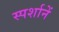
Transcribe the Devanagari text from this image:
स्पर्शानें